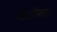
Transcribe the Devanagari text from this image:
नदीनां।